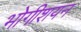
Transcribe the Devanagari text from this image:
भोगीशयन